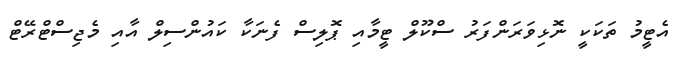
އެޓީމު ތަކަކީ ނޮޅިވަރަންފަރު ސްކޫލް ޓީމާއި ޕޮލިސް ފެނަކާ ކައުންސިލް އާއި މެޖިސްޓްރޭޓް